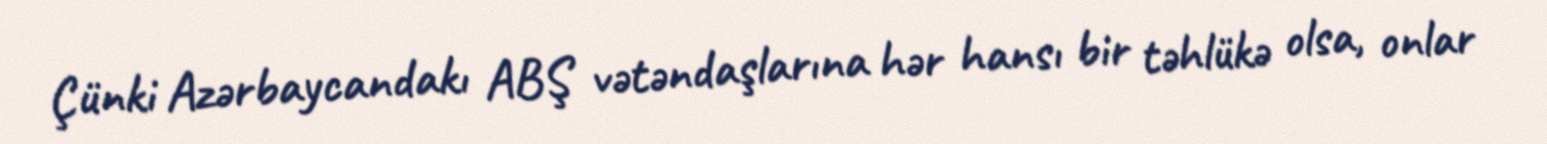
Çünki Azərbaycandakı ABŞ vətəndaşlarına hər hansı bir təhlükə olsa, onlar